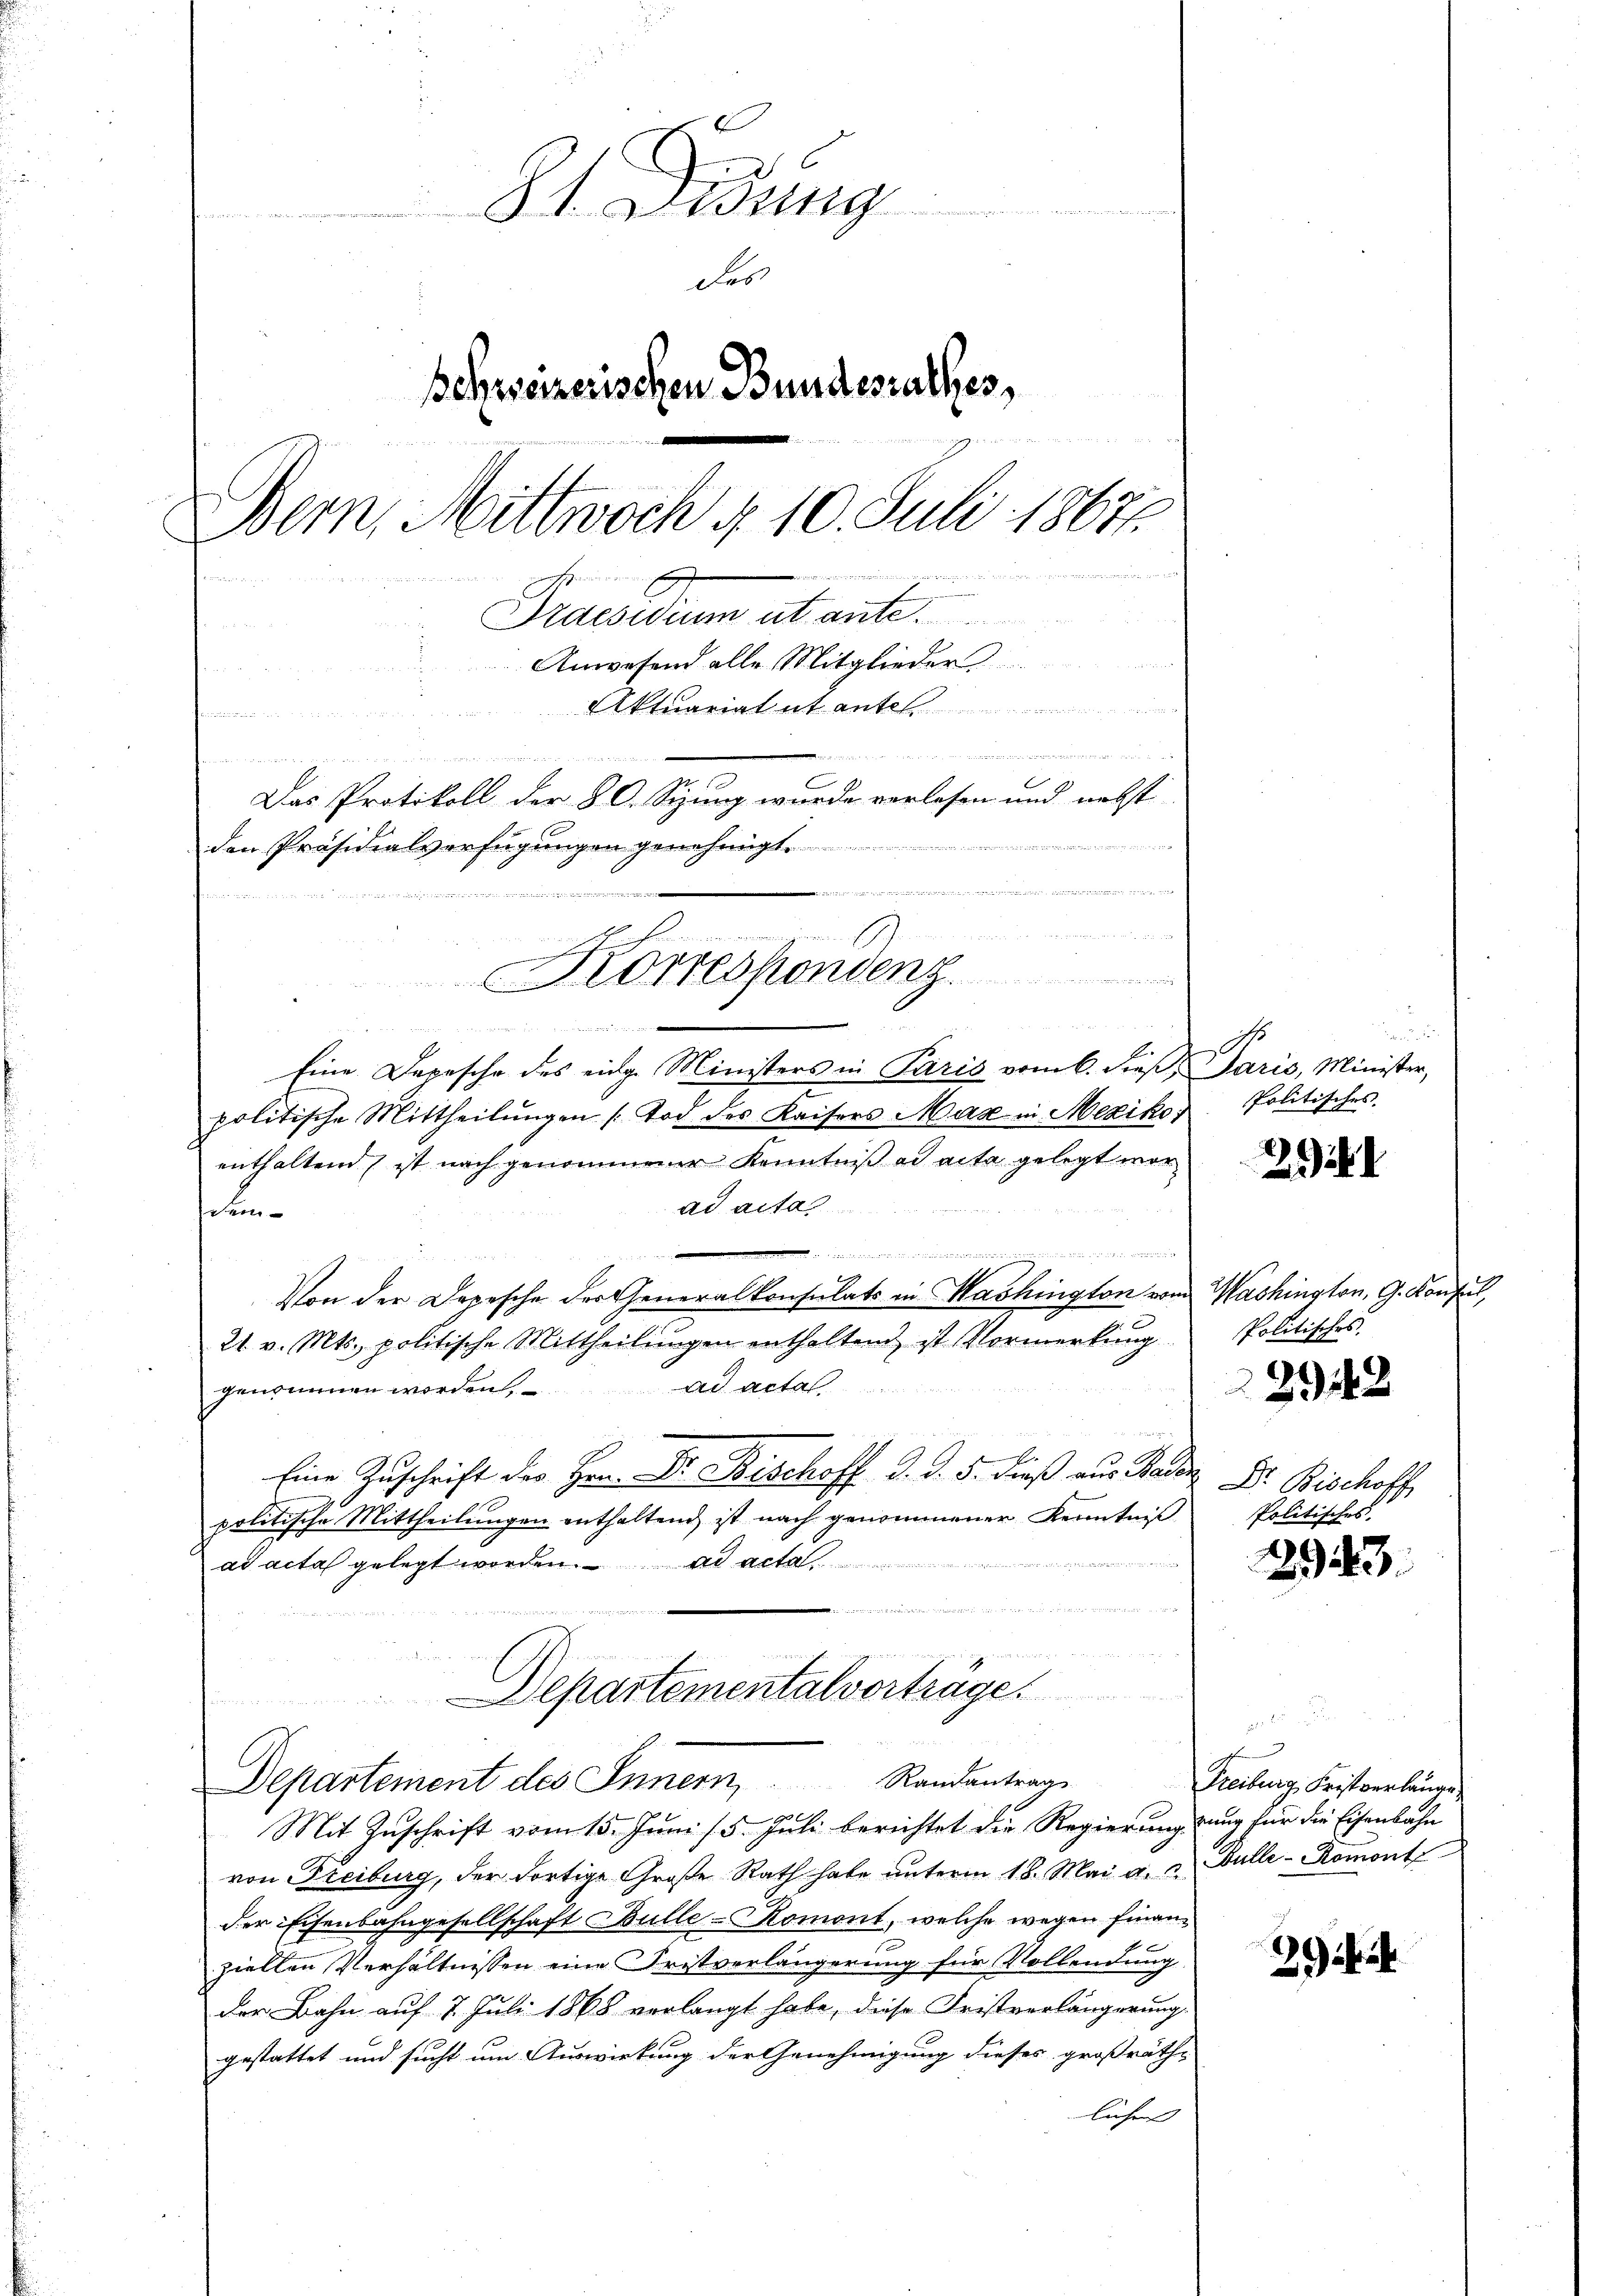
St. Jung
Fes
Behrseizerischen Bundesrathes,
Bern, Mittwoch § 10. Juli 18671.
ehte ich der eine
h
wenn in sein
n
Praesidium ut ante.
Anwesend alle Mitglieder
Aktuariat et ante
d
u

und wenn u. mir in einen mehr und ich der sie und die
Das Protokoll der 80. Sizung wurde verlesen und nebst

wider
den Präsidialverfügungen genehmigt.

   der dann man
iir in ein in einen
  des Be

.
Eine Depesche des eidge Ministers in Paris vom 6. dieß, Paris, Minister,
politische Mittheilŭngen Tod des Kaisers Max in Mexikor
enthaltend, ist nach genommener Kenntniß ad acte gelegt wor
ad acta
dem

e
Von der Depesche der Generalkonsulats in Washington vom Washington, G. Konsul,
21. v. Mts. politische Mittheilungen enthaltend, ist Vormerkung
genommen worden, ad acta
.
Eine Zuschrift der Hrn. Dr. Bischoff d. d. 5. dieß aus Bader Dr. Bischoff
politische Mittheilungen enthaltend, ist nach genommener Kenntniß

ad acta gelegt worden. ad acta
e
ii
n
2
Departementalverträge.

Korrespondenz.

Departement des Innern, Randantrage

Mit Zuschrift vom 15. Juni 15. Juli berichtet die Regierung zung für die Eisenbahn
von Freiburg, der dortige Große Rath habe ŭnterm 18. Mai a. u. Galle - Romont
der Eisenbahngesellschaft Bulle-Romont, welche wegen finanz
1
ziellen Verhältnissen eine Fristverlängerung für Vollendung
der Bahn auf 7. Juli 1868 verlangt habe, diese Fristverlängerung
gestattet und sucht um Auswirkung der Genehmigung dieses großräthliche

uns
s
Politisches.

2

Politisches
Politisches.

22948

1943.

Freiburg, Fristverlange

294